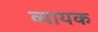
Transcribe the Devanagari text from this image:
व्यायक